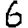
Digit: 6